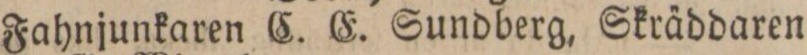
Fahnjunkaren C. E. Sundberg, Skräddaren